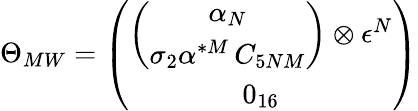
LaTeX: \Theta_{MW}=\left(\begin{array}{c}{{\left(\begin{array}{c}{{\alpha_{N}}}\\ {{\sigma_{2}\alpha^{*M}\, C_{5NM}}}\end{array}\right)\otimes\epsilon^{N}}}\\ {{0_{16}}}\end{array}\right)